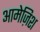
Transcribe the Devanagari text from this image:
आमेज़िश